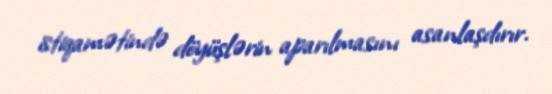
istiqamətində döyüşlərin aparılmasını asanlaşdırır.